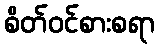
စိတ်ဝင်စားစရာ